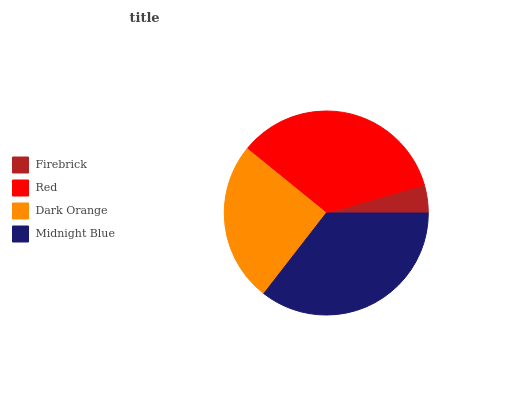
| Firebrick | Red | Dark Orange | Midnight Blue |
 | --- | --- | --- | --- |
 | 4.46% | 34.7% | 25.3% | 35.5% |